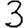
Digit: 3